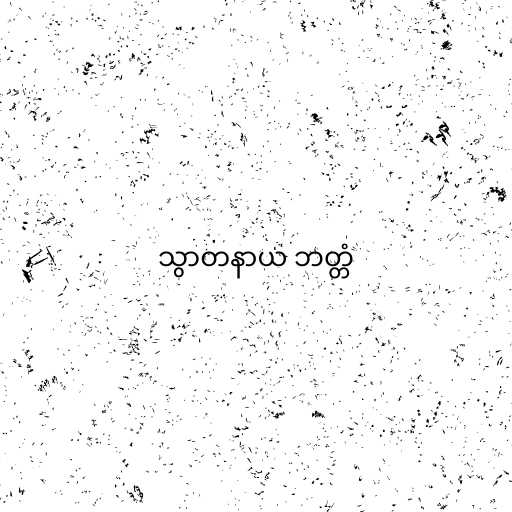
သွာတနာယ ဘတ္တံ